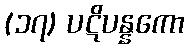
(၁၇) ပဋိပန္နကော